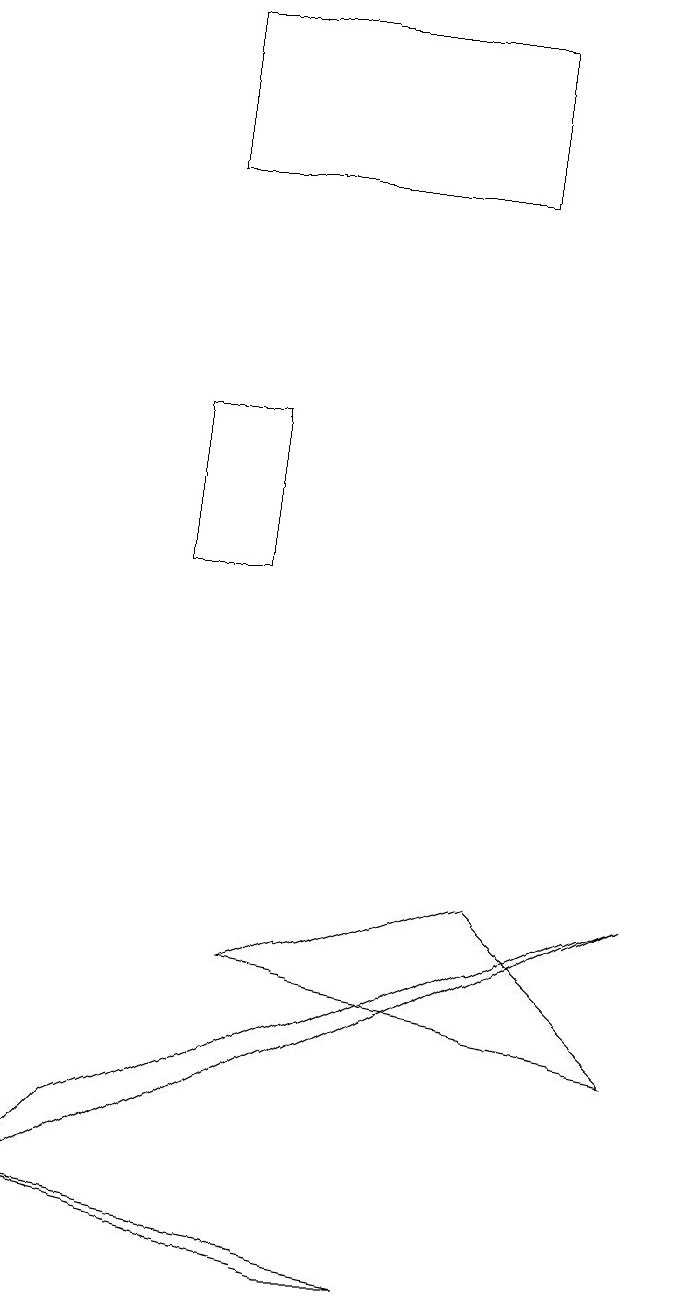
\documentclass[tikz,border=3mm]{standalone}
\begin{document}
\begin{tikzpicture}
\draw (0,2) -- (1,3) -- (8,6) -- cycle;
\draw (5,1) -- (4,1) -- (0,2) -- cycle;
\draw (8,4) -- (6,6) -- (3,5) -- cycle;
\draw (2,10) rectangle (3,12);
\draw (6,15) rectangle (2,17);
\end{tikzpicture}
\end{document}